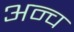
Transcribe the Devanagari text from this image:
अन्च